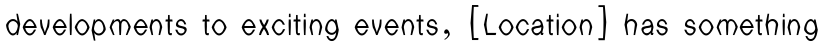
developments to exciting events, [Location] has something